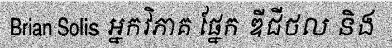
Brian Solis អ្នកវិភាគ ផ្នែក ឌីជីថល និង